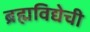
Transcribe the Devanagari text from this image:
ब्रह्मविद्येची